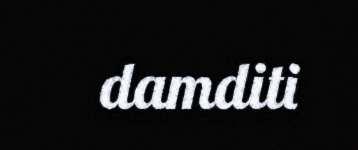
damditi